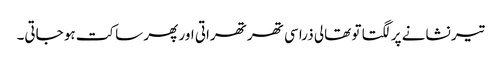
تیر نشانے پر لگتا تو تھالی ذرا سی تھرتھراتی اور پھر ساکت ہو جاتی۔